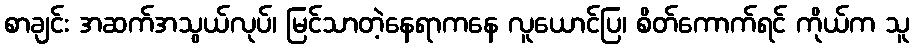
စာချင်း အဆက်အသွယ်လုပ်၊ မြင်သာတဲ့နေရာကနေ လူယောင်ပြ၊ စိတ်ကောက်ရင် ကိုယ်က သူ